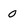
Character: 0